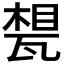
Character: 𤭪